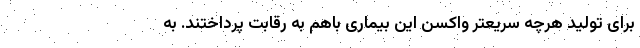
برای تولید هرچه سریعتر واکسن این بیماری باهم به رقابت پرداختند. به